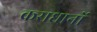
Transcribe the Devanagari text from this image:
कराधानों